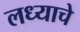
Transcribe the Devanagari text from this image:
लध्याचे